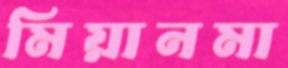
মিয়ানমা